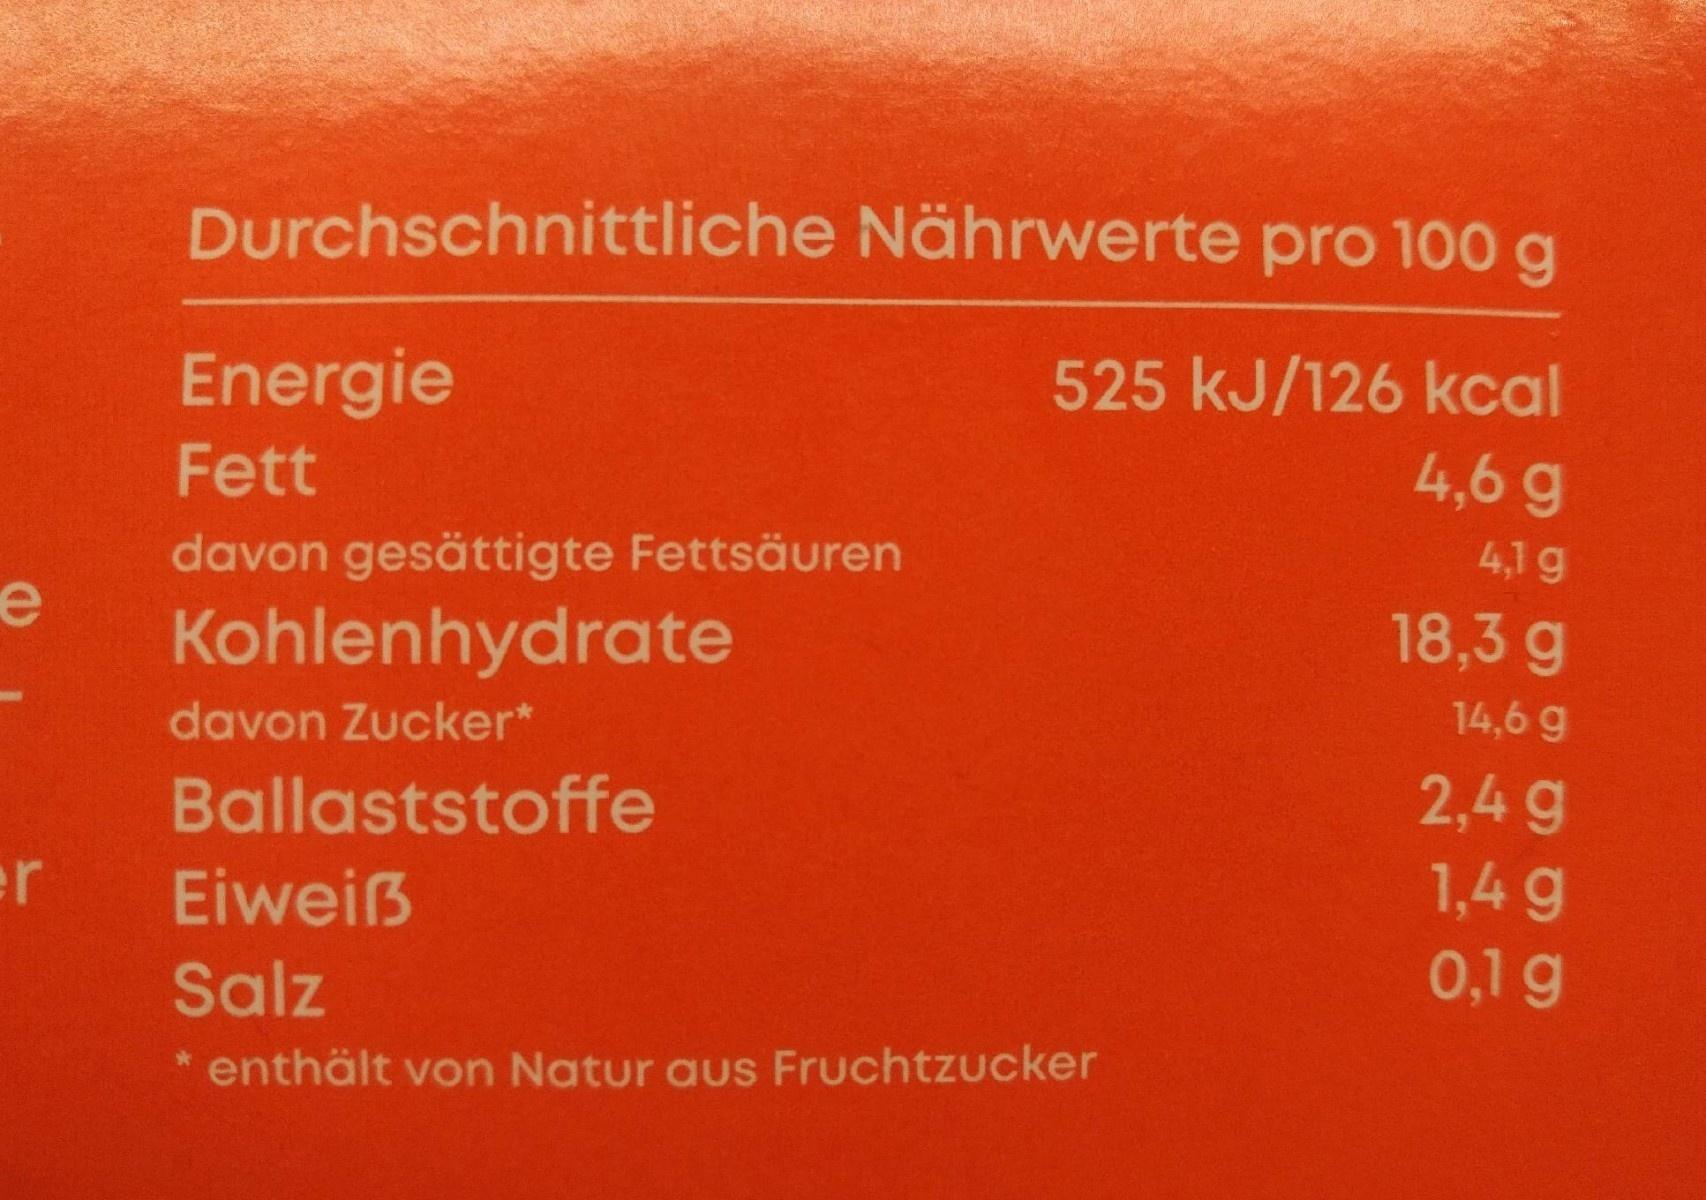
Durchschnittliche Nährwerte pro 100 g
525 kJ/126 kcal 4,6 g
Energie
Fett
4,1 g
davon gesättigte Fettsäuren
18,3 g
Kohlenhydrate
14,6 g
davon Zucker*
2,4 g 1,4 g
Ballaststoffe
er
Eiweiß
0,1g
Salz
* enthält von Natur aus Fruchtzucker